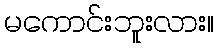
မကောင်းဘူးလား။